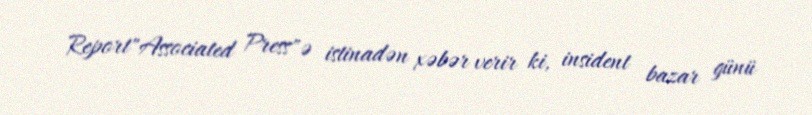
Report"Associated Press"ə istinadən xəbər verir ki, insident bazar günü